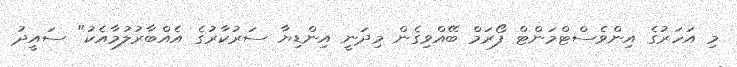
މި އަހަރުގެ އިންވެސްޓްމަންޓް ފޯރަމް ބޭއްވިގެން މިދަނީ އިންޑިޔާ ސަރުކާރުގެ އެއްބާރުލުމާއެކު" ސައީދު